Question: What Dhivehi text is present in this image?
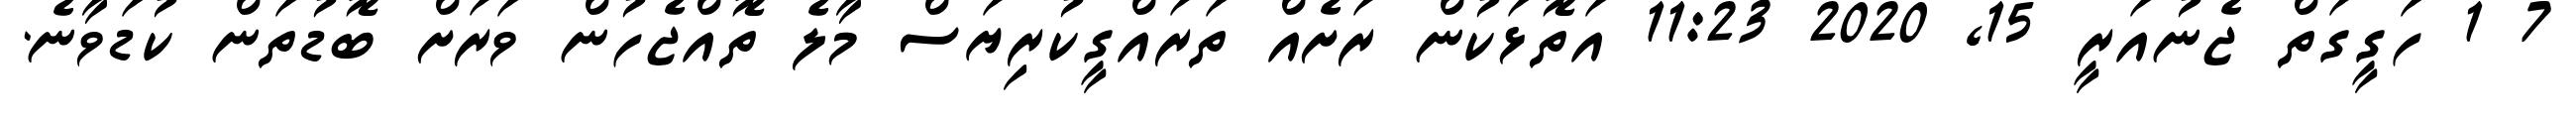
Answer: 7 1 ހަގީގަތް ޖެނުއަރީ 15, 2020 11:23 އަތޮޅަކުން ރަށެއް ތަރައްގީކުރިޔަސް މާލެ ތޮއްޖެހުން ވަރަށް ބޮޑުތަން ކުޑަވާނެ.